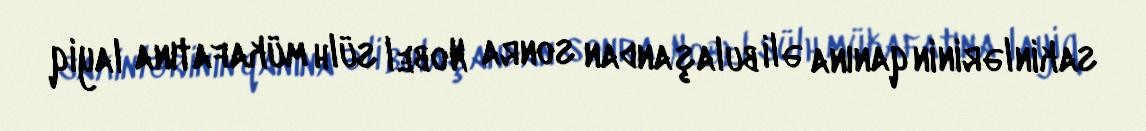
sakinlərinin qanına əli bulaşandan sonra Nobel sülh mükafatına layiq